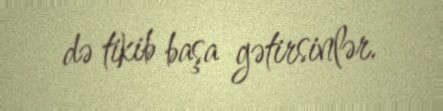
də tikib başa gətirsinlər.